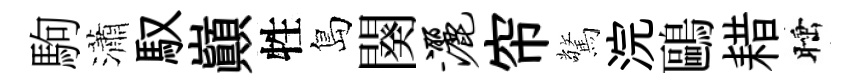
駒瀟馭巔牲島闋洒帘驚浣鷗耤睡